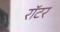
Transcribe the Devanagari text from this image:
रॉटर